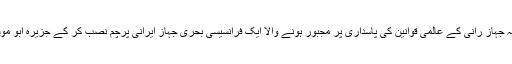
فلم کے ایک اور حصے میں دکھایا گیا ہے کہ جہاز رانی کے عالمی قوانین کی پاسداری پر مجبور ہونے والا ایک فرانسیسی بحری جہاز ایرانی پرچم نصب کر کے جزیرہ ابو موسی کے شمالی آبنائے سے عبور کر رہا ہے۔